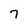
Character: 7